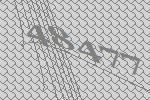
48477